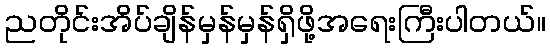
ညတိုင်းအိပ်ချိန်မှန်မှန်ရှိဖို့အရေးကြီးပါတယ်။